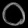
Digit: ၀